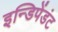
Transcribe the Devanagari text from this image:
इन्डिपेंडंट